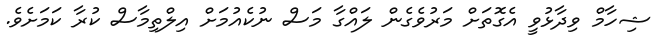
ޝިހާމް ވިދާޅުވީ އެގޮތަށް މަރުވެގެން ލައްގާ މަސް ނުކެއުމަށް އިލްތިމާސް ކުރާ ކަމަށެވެ.